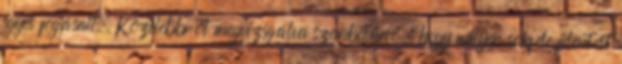
egyes fogásait. Közelebbről megvizsgálva szembetűnő, hogy milyen sokféle jelentést